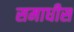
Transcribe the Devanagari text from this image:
समाधीस